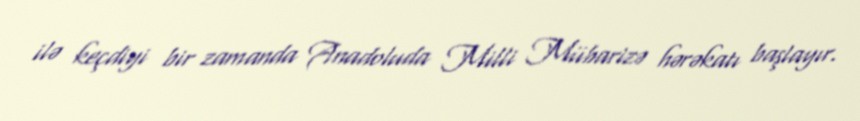
ilə keçdiyi bir zamanda Anadoluda Milli Mübarizə hərəkatı başlayır.